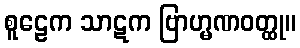
စူဠေက သာဋက ဗြာဟ္မဏဝတ္ထု။